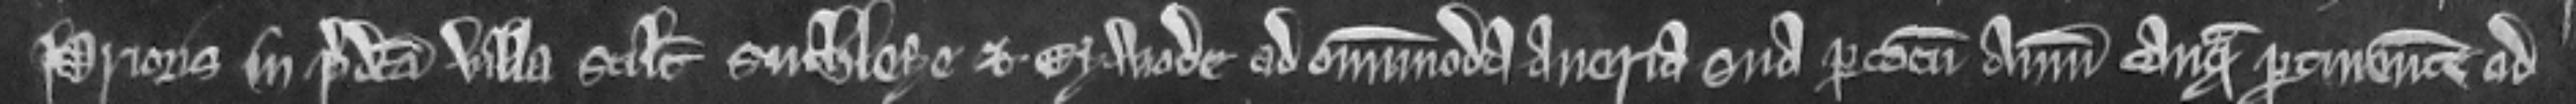
Prioris in predicta villa scilicet Suthlege et. Eywode ad omnimoda averia sua per totum annum tanquam pertinentem ad